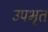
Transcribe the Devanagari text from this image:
उपभृत